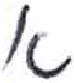
אות: א